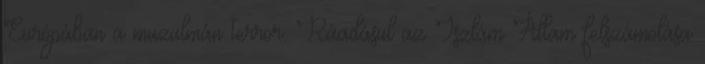
Európában a muzulmán terror. Ráadásul az Iszlám Állam felszámolása